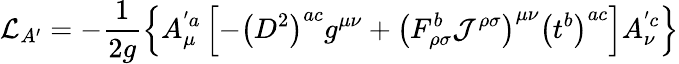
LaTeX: {\cal{L}}_{A^{\prime}}=-\frac{1}{2g}\left\{ A_{\mu}^{'a}\left[-\left(D^{2}\right)^{ac}g^{\mu\nu}+\left(F_{\rho\sigma}^{b}{\cal{J}}^{\rho\sigma}\right)^{\mu\nu}\left(t^{b}\right)^{ac}\right]A_{\nu}^{'c}\right\}